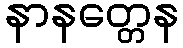
နာနတ္တေန